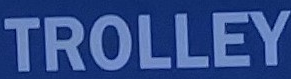
TROLLEY